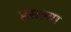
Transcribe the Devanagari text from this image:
हसल्या